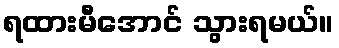
ရထားမီအောင် သွားရမယ်။